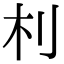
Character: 𣏀